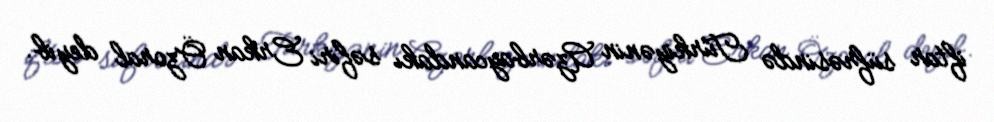
iftar süfrəsində Türkiyənin Azərbaycandakı səfiri Erkan Özoral deyib.